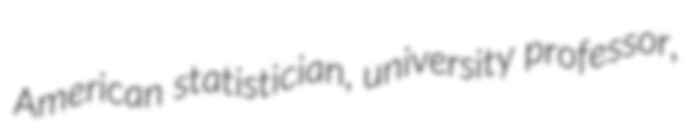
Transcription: American statistician, university professor,